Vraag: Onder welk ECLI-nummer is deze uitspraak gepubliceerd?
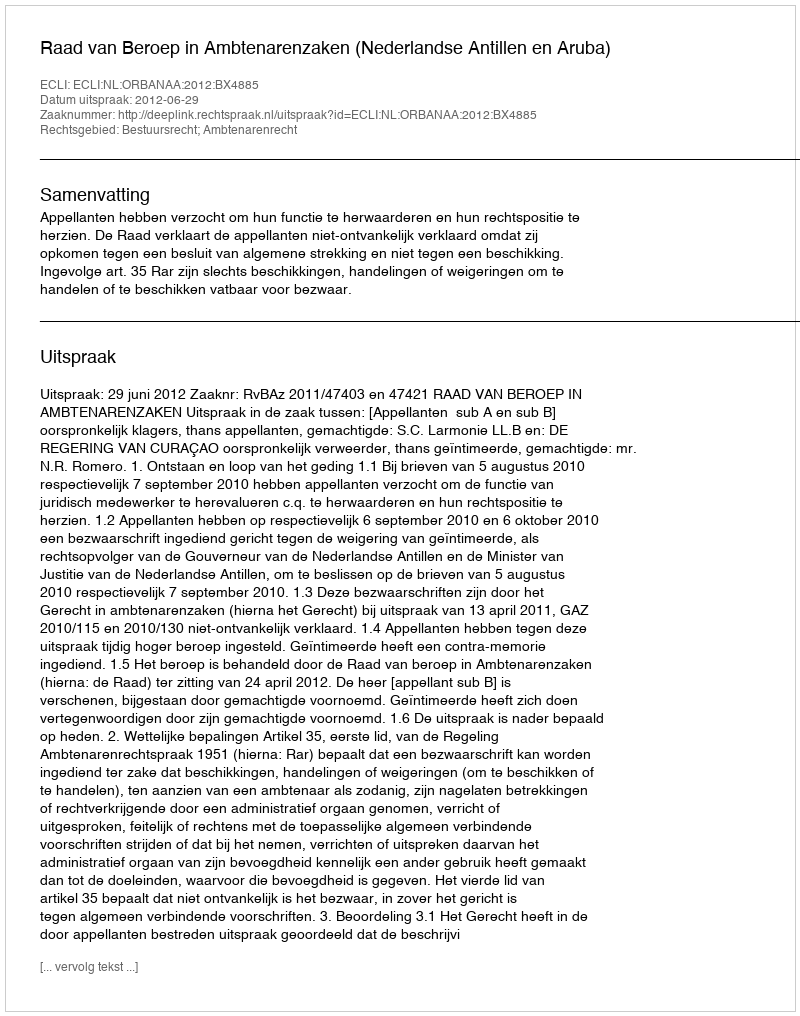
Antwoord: ECLI:NL:ORBANAA:2012:BX4885